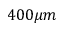
4 0 0 \mu m